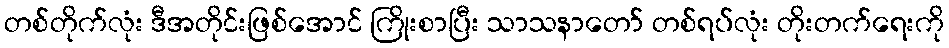
တစ်တိုက်လုံး ဒီအတိုင်းဖြစ်အောင် ကြိုးစာပြီး သာသနာတော် တစ်ရပ်လုံး တိုးတက်ရေးကို